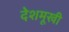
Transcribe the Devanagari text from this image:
देशमूखी